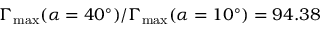
\Gamma _ { \mathrm { m a x } } ( \alpha = 4 0 ^ { \circ } ) / \Gamma _ { \mathrm { m a x } } ( \alpha = 1 0 ^ { \circ } ) = 9 4 . 3 8 \